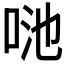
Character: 𠲨